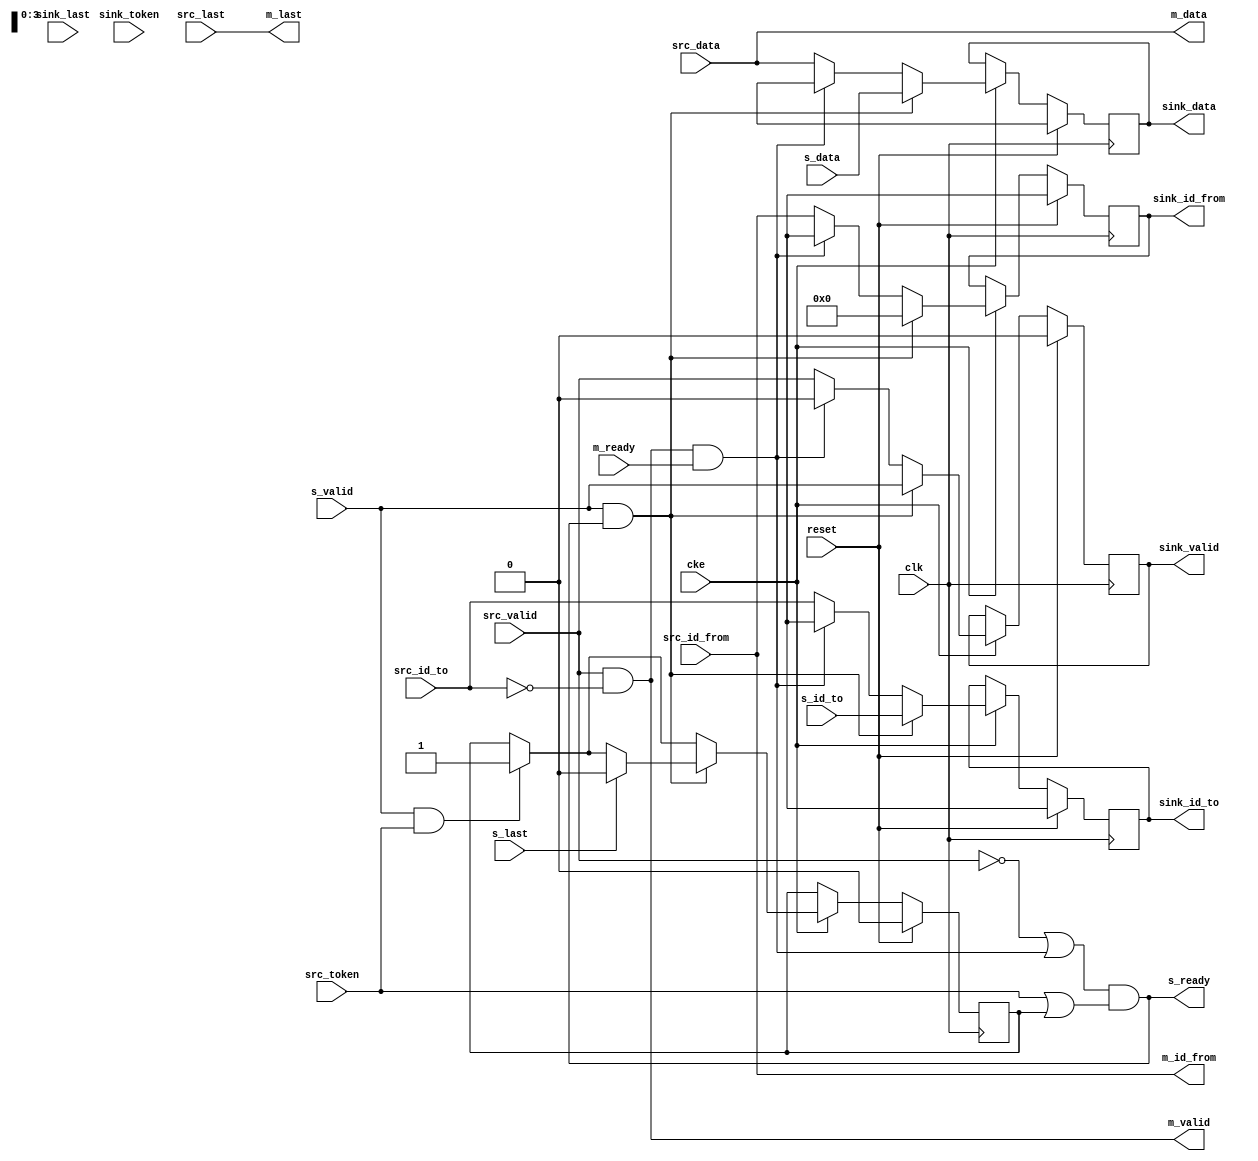
module jelly_stream_token_ring_unit
        #(
            parameter   DATA_WIDTH    = 32,
            parameter   ID_TO_WIDTH   = 4,
            parameter   ID_FROM_WIDTH = 4,
            parameter   UNIT_ID_TO    = 0,
            parameter   UNIT_ID_FROM  = 0,
            parameter   INIT_TOKEN    = 0
        )
        (
            input   wire                        reset,
            input   wire                        clk,
            input   wire                        cke,
            
            input   wire    [ID_TO_BITS-1:0]    s_id_to,
            input   wire                        s_last,
            input   wire    [DATA_WIDTH-1:0]    s_data,
            input   wire                        s_valid,
            output  wire                        s_ready,
            
            output  wire    [ID_FROM_BITS-1:0]  m_id_from,
            output  wire                        m_last,
            output  wire    [DATA_WIDTH-1:0]    m_data,
            output  wire                        m_valid,
            input   wire                        m_ready,
            
            input   wire    [ID_TO_BITS-1:0]    src_id_to,
            input   wire    [ID_FROM_BITS-1:0]  src_id_from,
            input   wire                        src_last,
            input   wire    [DATA_WIDTH-1:0]    src_data,
            input   wire                        src_valid,
            input   wire                        src_token,
            
            output  wire    [ID_TO_BITS-1:0]    sink_id_to,
            output  wire    [ID_FROM_BITS-1:0]  sink_id_from,
            input   wire                        sink_last,
            output  wire    [DATA_WIDTH-1:0]    sink_data,
            output  wire                        sink_valid,
            input   wire                        sink_token
        );
    
    localparam  ID_TO_BITS   = ID_TO_WIDTH   > 0 ? ID_TO_WIDTH   : 1;
    localparam  ID_FROM_BITS = ID_FROM_WIDTH > 0 ? ID_FROM_WIDTH : 1;
    
    reg                             reg_token;
    
    reg     [ID_TO_BITS-1:0]        reg_sink_id_to;
    reg     [ID_FROM_BITS-1:0]      reg_sink_id_from;
    reg                             reg_sink_last;
    reg     [DATA_WIDTH-1:0]        reg_sink_data;
    reg                             reg_sink_valid;
    reg                             reg_sink_token;
    
    always @(posedge clk) begin
        if ( reset ) begin
            reg_token        <= 1'b0;
            
            reg_sink_id_to   <= {ID_TO_BITS{1'bx}};
            reg_sink_id_from <= {ID_FROM_BITS{1'bx}};
            reg_sink_last    <= src_last;
            reg_sink_data    <= {DATA_WIDTH{1'bx}};
            reg_sink_valid   <= 1'b0;
            reg_sink_token   <= INIT_TOKEN;
        end
        else if ( cke ) begin
            // データ転送
            reg_sink_id_to   <= src_id_to;
            reg_sink_id_from <= src_id_from;
            reg_sink_last    <= src_last;
            reg_sink_data    <= src_data;
            reg_sink_valid   <= src_valid;
            reg_sink_token   <= src_token;
            
            // データ取り出し
            if ( m_valid && m_ready ) begin
                reg_sink_id_to   <= {ID_TO_BITS{1'bx}};
                reg_sink_id_from <= {ID_FROM_BITS{1'bx}};
                reg_sink_last    <= 1'bx;
                reg_sink_data    <= {DATA_WIDTH{1'bx}};
                reg_sink_valid   <= 1'b0;
            end
            
            // トークン取得(送信データがあるときにトークンが流れてきた)
            if ( s_valid && src_token ) begin
                reg_token      <= 1'b1;
                reg_sink_token <= 1'b0;
            end
            
            // データ挿入
            if ( s_valid && s_ready ) begin
                // データ挿入
                reg_sink_id_to   <= s_id_to;
                reg_sink_id_from <= UNIT_ID_FROM;
                reg_sink_last    <= s_last;
                reg_sink_data    <= s_data;
                reg_sink_valid   <= s_valid;
                
                if ( s_last ) begin
                    // トークン開放
                    reg_token      <= 1'b0;
                    reg_sink_token <= 1'b1;
                end
            end
        end
    end
    
    
    // 制御
    assign s_ready      = ((!src_valid || (m_valid && m_ready)) && (src_token || reg_token));
    
    assign m_id_from    = src_id_from;
    assign m_last       = src_last;
    assign m_data       = src_data;
    assign m_valid      = (src_valid && ((src_id_to == UNIT_ID_TO) || (ID_TO_WIDTH <= 0)));
    
    assign sink_id_to   = reg_sink_id_to;
    assign sink_id_from = reg_sink_id_from;
    assign sink_last    = reg_sink_last;
    assign sink_data    = reg_sink_data;
    assign sink_valid   = reg_sink_valid;
    assign sink_token   = reg_sink_token;
    
    
endmodule